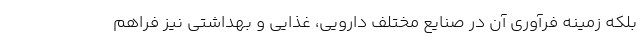
بلکه زمینه فرآوری آن در صنایع مختلف دارویی، غذایی و بهداشتی نیز فراهم